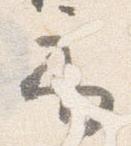
示